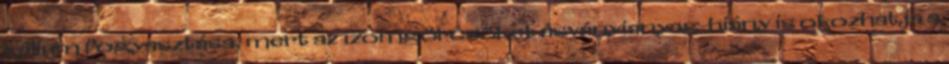
kálium fogyasztása, mert az izomgörcsöket ásványianyag-hiány is okozhatja a